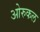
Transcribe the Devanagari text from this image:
ओरुकल